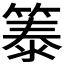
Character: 𫂐